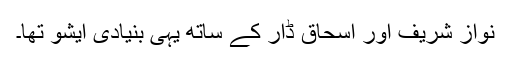
نواز شریف اور اسحاق ڈار کے ساتھ یہی بنیادی ایشو تھا۔